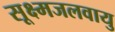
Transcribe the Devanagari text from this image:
सूक्ष्मजलवायु